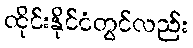
ထိုင်းနိုင်ငံတွင်လည်း